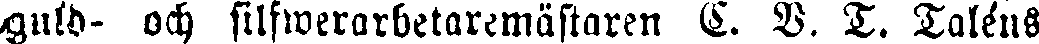
guld- och silfwerarbetaremästaren C. V. T. Taléns